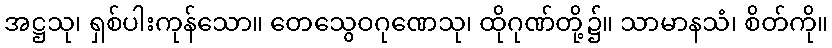
အဋ္ဌသု၊ ရှစ်ပါးကုန်သော။ တေသွေဝဂုဏေသု၊ ထိုဂုဏ်တို့၌။ သာမာနသံ၊ စိတ်ကို။